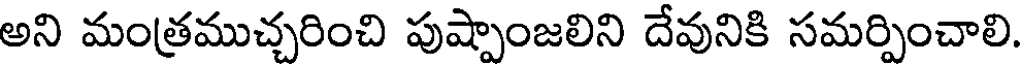
అని మంత్రముచ్చరించి పుష్పాంజలిని దేవునికి సమర్పించాలి.